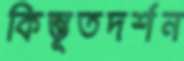
কিম্ভূতদর্শন